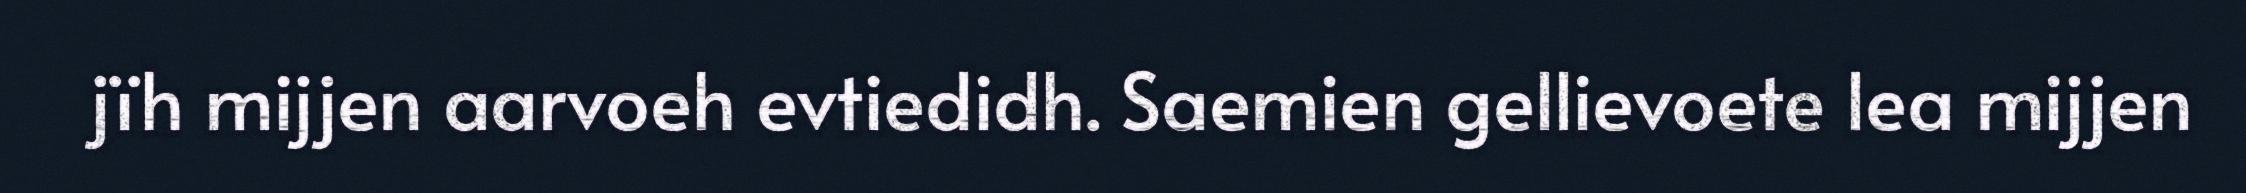
jïh mijjen aarvoeh evtiedidh. Saemien gellievoete lea mijjen